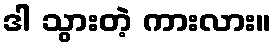
ဒါ သွားတဲ့ ကားလား။